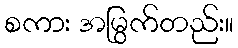
စကား အမြွက်တည်း။